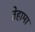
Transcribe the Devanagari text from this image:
तेहामा